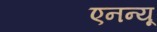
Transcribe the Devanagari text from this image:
एनन्यू